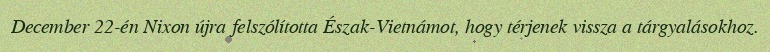
December 22-én Nixon újra felszólította Észak-Vietnámot, hogy térjenek vissza a tárgyalásokhoz.